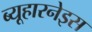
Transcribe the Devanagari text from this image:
ब्यूहारनेइस